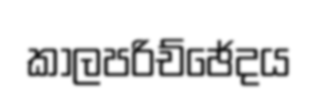
කාලපරිච්ඡේදය